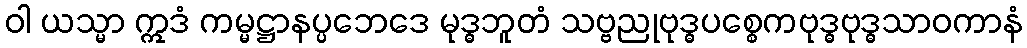
ဝါ ယသ္မာ ဣဒံ ကမ္မဋ္ဌာနပ္ပဘေဒေ မုဒ္ဓဘူတံ သဗ္ဗညုဗုဒ္ဓပစ္စေကဗုဒ္ဓဗုဒ္ဓသာဝကာနံ